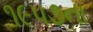
૧૯૫૭ના